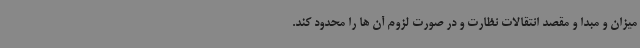
میزان و مبدا و مقصد انتقالات نظارت و در صورت لزوم آن ها را محدود کند.